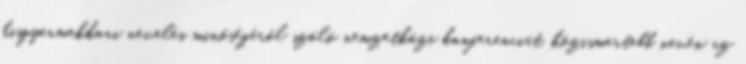
kisgyermekkori nevelés minőségéről szóló nemzetközi konferenciát, közismertebb nevén az